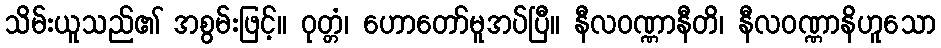
သိမ်းယူသည်၏ အစွမ်းဖြင့်။ ဝုတ္တံ၊ ဟောတော်မူအပ်ပြီ။ နီလဝဏ္ဏာနီတိ၊ နီလဝဏ္ဏာနိဟူသော